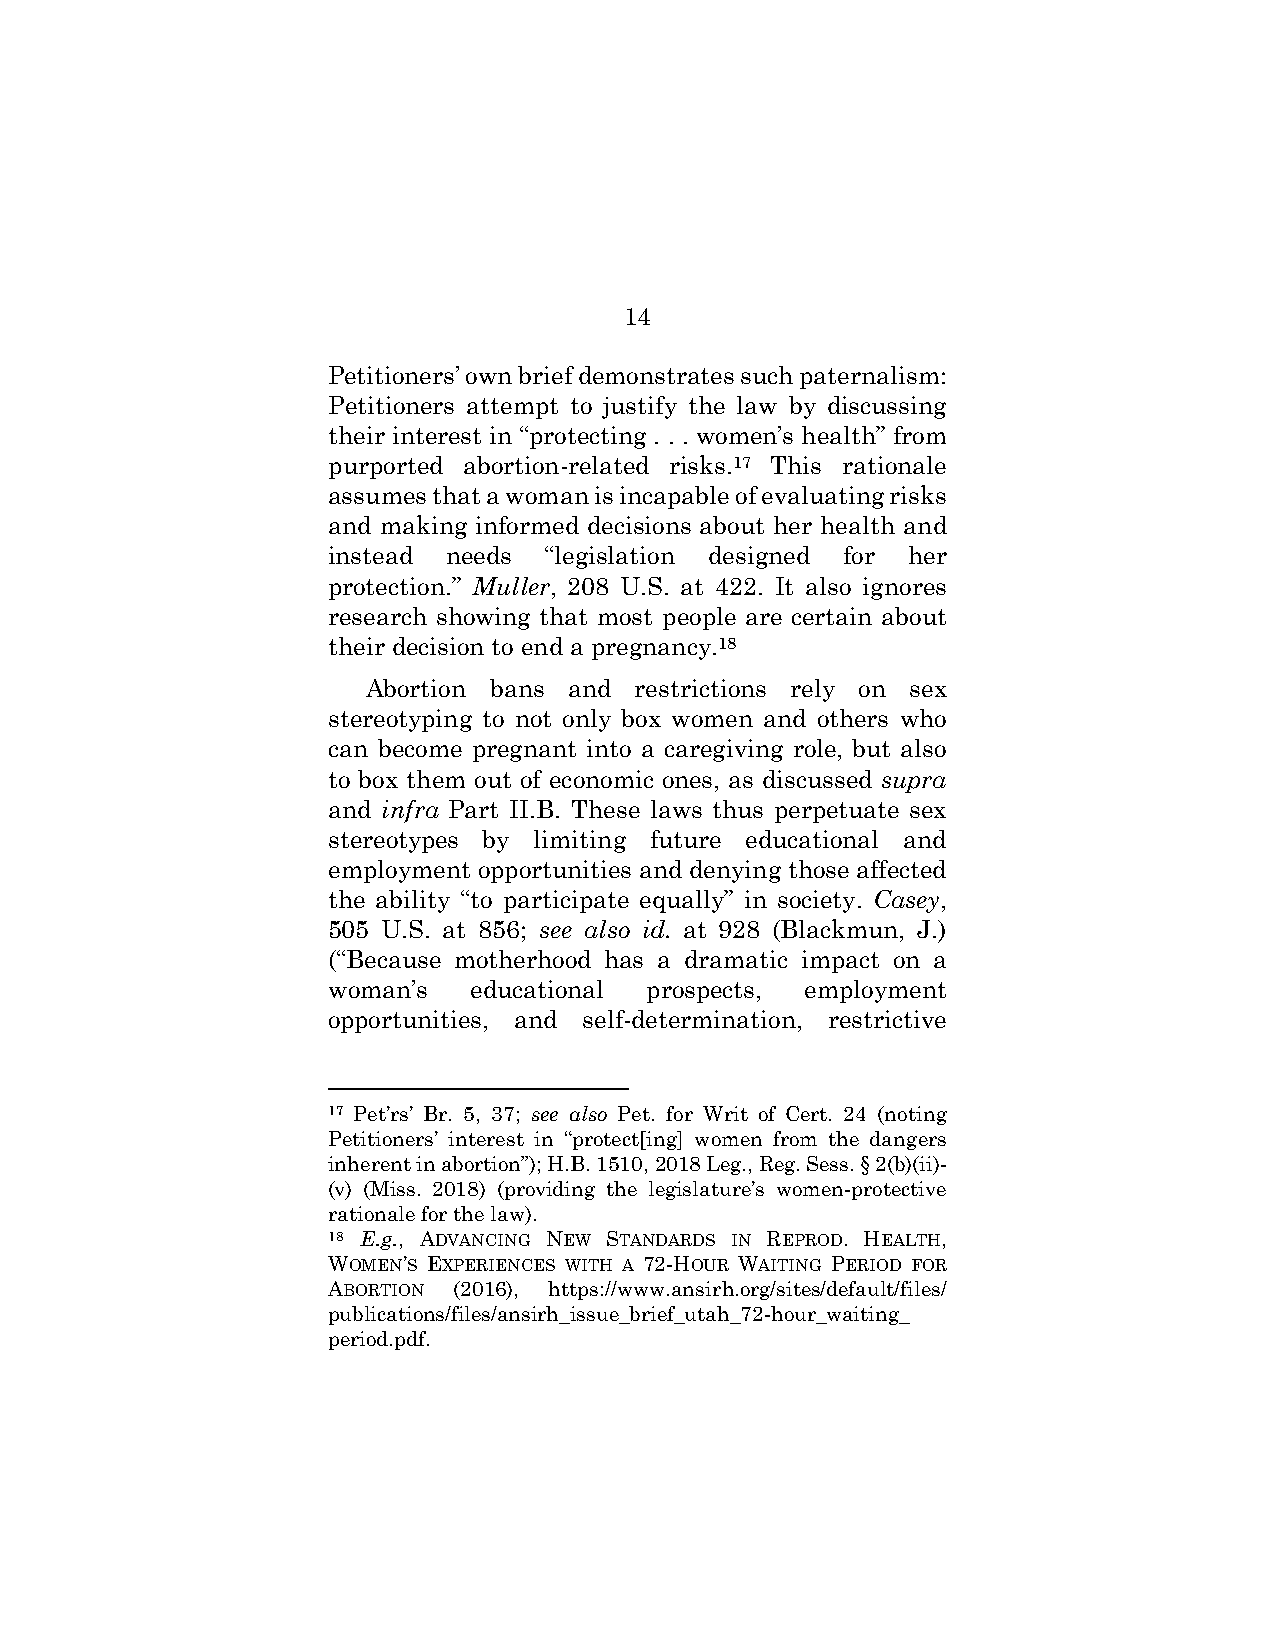
14
 Petitioners’ own brief demonstrates such paternalism:
 Petitioners attempt to justify the law by discussing
 their interest in “protecting . . . women’s health” from
 purported abortion-related risks.17 This rationale
 assumes that a woman is incapable of evaluating risks
 and making informed decisions about her health and
 instead needs “legislation designed for her
 protection.” Muller, 208 U.S. at 422. It also ignores
 research showing that most people are certain about
 their decision to end a pregnancy.18
 Abortion bans and restrictions rely on sex
 stereotyping to not only box women and others who
 can become pregnant into a caregiving role, but also
 to box them out of economic ones, as discussed supra
 and infra Part II.B. These laws thus perpetuate sex
 stereotypes by limiting future educational and
 employment opportunities and denying those affected
 the ability “to participate equally” in society. Casey,
 505 U.S. at 856; see also id. at 928 (Blackmun, J.)
 (“Because motherhood has a dramatic impact on a
 woman’s  educational prospects, employment
 opportunities, and self-determination, restrictive
 17 Pet’rs’ Br. 5, 37; see also Pet. for Writ of Cert. 24 (noting
 Petitioners’ interest in “protect[ing] women from the dangers
 inherent in abortion”); H.B. 1510, 2018 Leg., Reg. Sess. § 2(b)(ii)-
 (v) (Miss. 2018) (providing the legislature’s women-protective
 rationale for the law).
 18 E.g., ADVANCING NEW STANDARDS IN REPROD. HEALTH,
 WOMEN’S EXPERIENCES WITH A 72-HOUR WAITING PERIOD FOR
 ABORTION (2016), https://www.ansirh.org/sites/default/files/
 publications/files/ansirh_issue_brief_utah_72-hour_waiting_
 period.pdf.